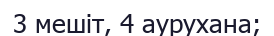
3 мешіт, 4 аурухана;